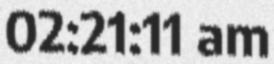
02:21:11 am